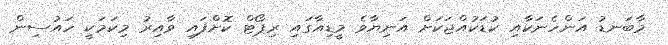
މާބަނޑު އަންހެނަކާއި ކުޑަކުއްޖަކަށް އަނިޔާވެ މީޑިއާގައި ރިޕޯޓް ކޮށްފައި ވާއިރު މިކަމަކީ ހައުސިން